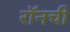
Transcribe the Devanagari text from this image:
रॉनची